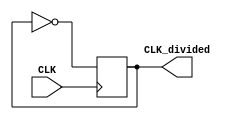
module CLK_25MHz(
		input wire CLK,
		output reg CLK_divided
);

// Decrease the frequency by a factor of 2
always @(posedge CLK) begin
		CLK_divided <= ~CLK_divided;
end

endmodule